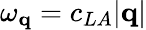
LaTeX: \omega_{\mathbf{q}}=c_{LA}|\mathbf{q}|